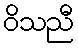
ဝိသညီ